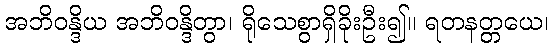
အဘိဝန္ဒိယ အဘိဝန္ဒိတွာ၊ ရိုသေစွာရှိခိုးဦး၍။ ရတနတ္တယေ၊